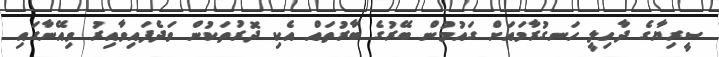
ސީރިޔާގެ ދާހިލީ ހަނގުރާމައަށް ގައުމުން ބޭރުގެ ބާރުތައް އެކި ދޮރުތަކުން ވަދެފައިވާއިރު ވިއޭނާގައި